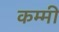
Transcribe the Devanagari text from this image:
कम्मी